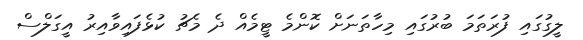
ލީގުގައި ފުރަތަމަ ބުރުގައި މިހާތަނަށް ކޮންމެ ޓީމެއް ދެ މެޗު ކުޅެފައިވާއިރު އީގަލްސް